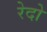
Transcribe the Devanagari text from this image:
रेदो